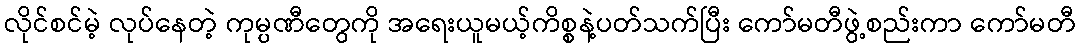
လိုင်စင်မဲ့ လုပ်နေတဲ့ ကုမ္ပဏီတွေကို အရေးယူမယ့်ကိစ္စနဲ့ပတ်သက်ပြီး ကော်မတီဖွဲ့စည်းကာ ကော်မတီ